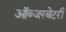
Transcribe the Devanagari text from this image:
ऑब्‍जरबेटरी